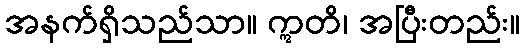
အနက်ရှိသည်သာ။ ဣတိ၊ အပြီးတည်း။